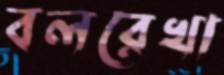
বলরেখা